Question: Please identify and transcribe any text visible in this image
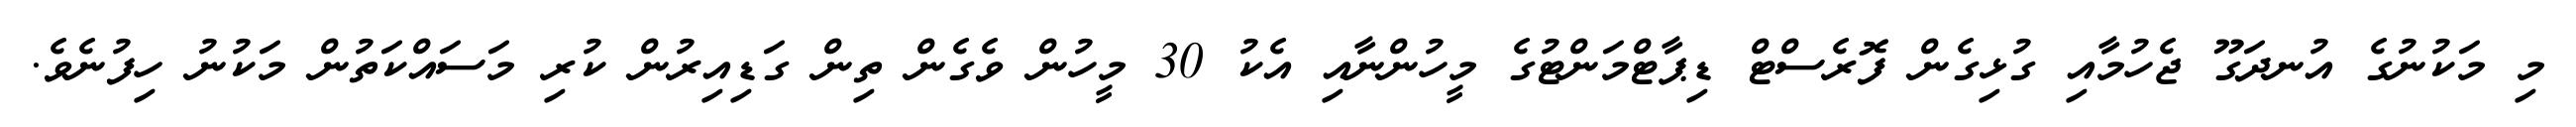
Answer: މި މަކުނުގެ އުނދަގޫ ޖެހުމާއި ގުޅިގެން ފޮރެސްޓް ޑިޕާޓްމަންޓުގެ މީހުންނާއި އެކު 30 މީހުން ވެގެން ތިން ގަޑިއިރުން ކުރި މަސައްކަތުން މަކުނު ހިފުނެވެ.